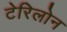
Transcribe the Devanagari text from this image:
टेरिलोन